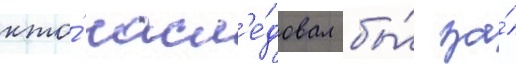
кто́ насл'е́довал бы́ за́